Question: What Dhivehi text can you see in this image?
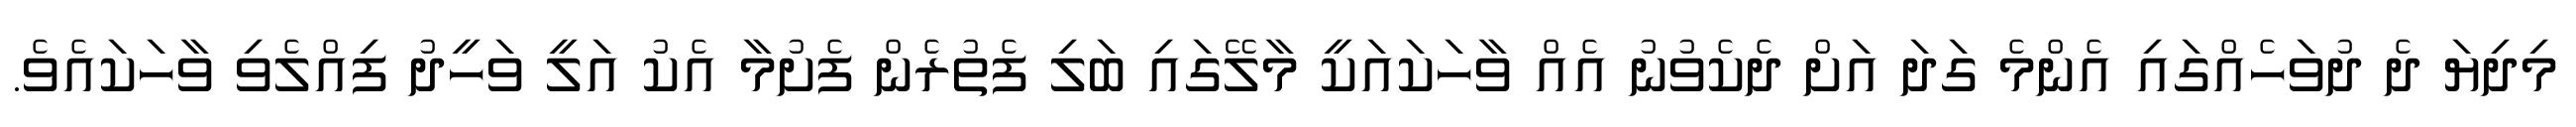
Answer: މިދިޔަ ދެ ދުވަހެއްގައި އެންމެ ގަދަ އަށް ދެކެވުނު އެއް ވާހަކައަކީ މާލޭގައި ބަލި ފެތުރެން ފެށުމާ އެކު އަލީ ވަހީދު ފިއްލެވި ވާހަކައެވެ.